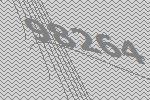
98264